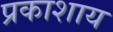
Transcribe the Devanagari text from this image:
प्रकाशाय